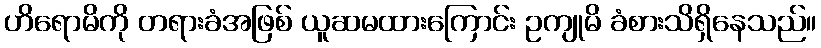
ဟိရောမိကို တရားခံအဖြစ် ယူဆမထားကြောင်း ဥကျုမိ ခံစားသိရှိနေသည်။